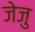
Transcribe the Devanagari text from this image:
जेजु